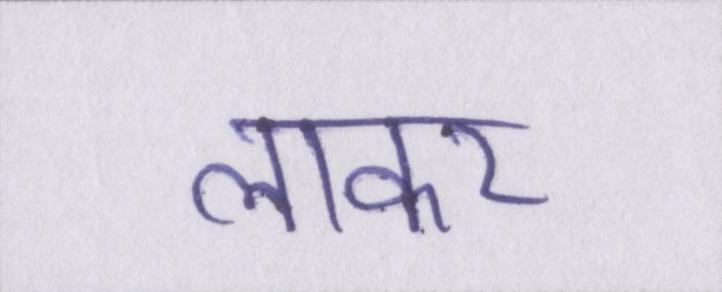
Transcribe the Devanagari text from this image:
लाकर